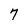
Character: 7